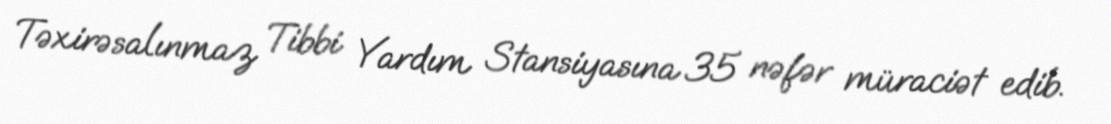
Təxirəsalınmaz Tibbi Yardım Stansiyasına 35 nəfər müraciət edib.